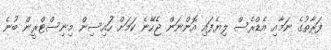
ފަރާތުގެ ނަމާއި އެޑްރެސް ލިޔެފައި އޮންނަން ޖެހޭނެ ކަމަށް ހަުއިސިން މިނިސްޓްރީން ބުނެ